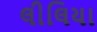
લીલિયા